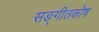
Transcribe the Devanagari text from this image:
सङ्गीतकोष